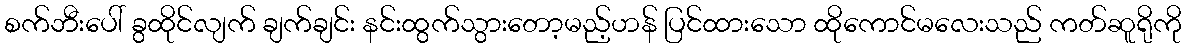
စက်ဘီးပေါ် ခွထိုင်လျက် ချက်ချင်း နင်းထွက်သွားတော့မည့်ဟန် ပြင်ထားသော ထိုကောင်မလေးသည် ကတ်ဆူရိုကို